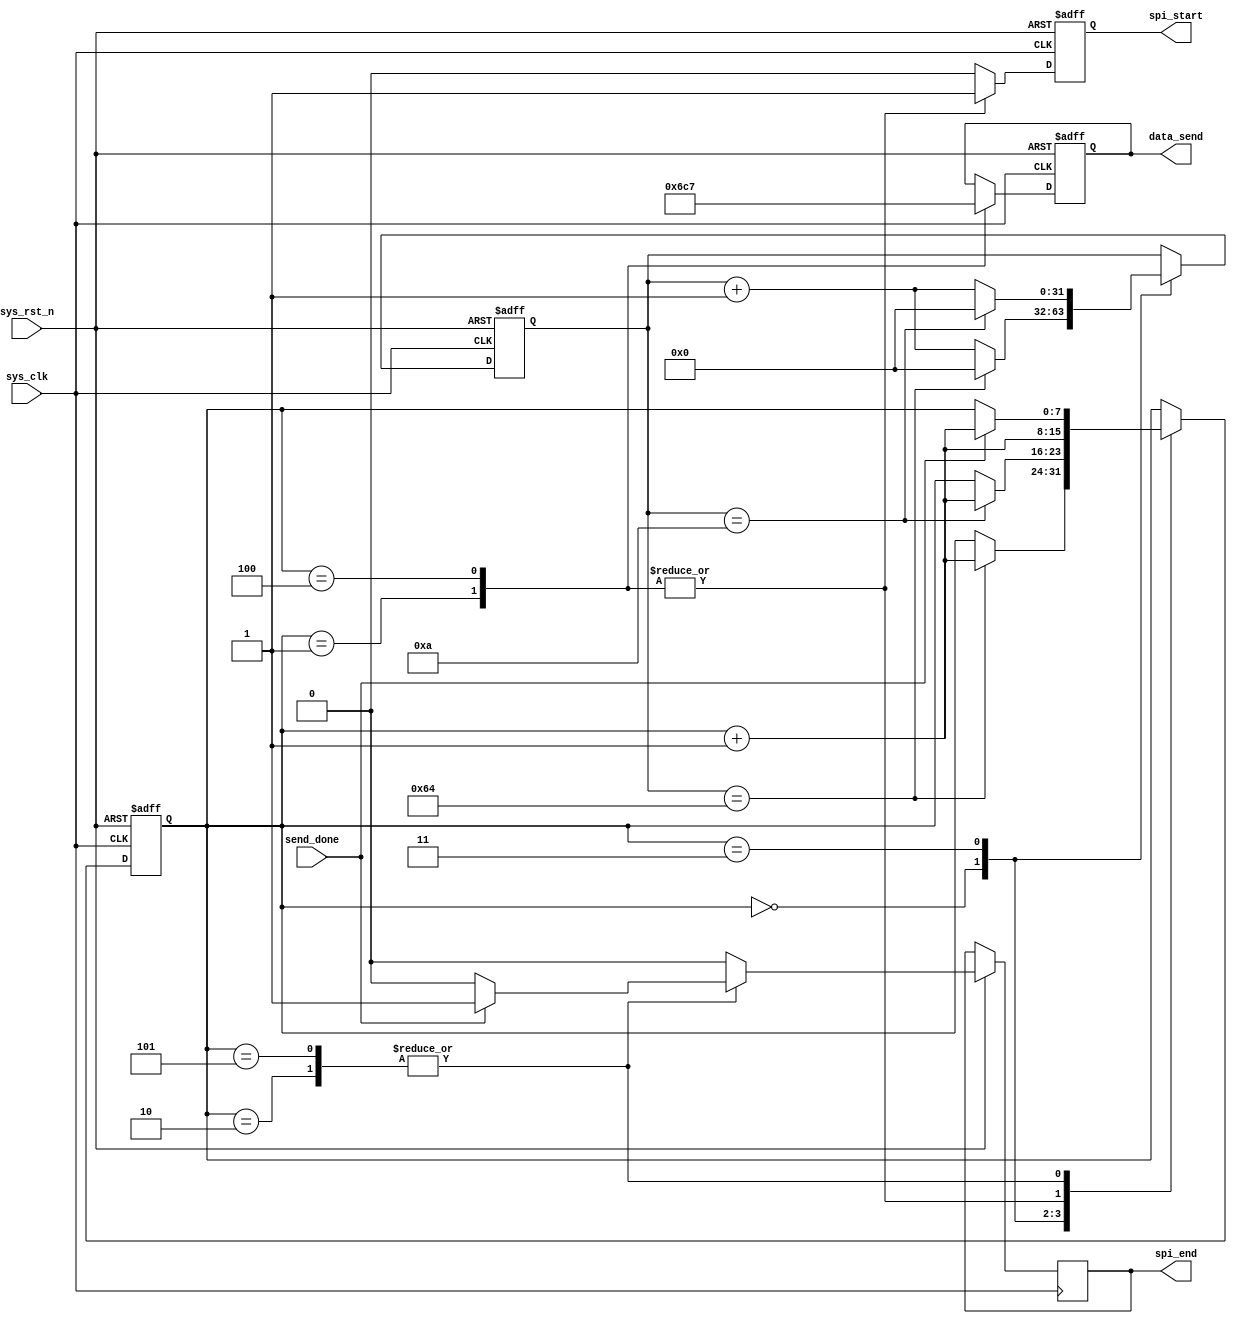
module spi_bulk_erase_ctrl
(
    input               sys_clk		, 			// 全局时钟50MHz
    input               sys_rst_n	, 			// 复位信号，低电平有效
	
	input         		send_done	, 			// 主机发送一个字节完毕标志位      
    output  reg         spi_start	,			// 发送传输开始信号，一个高电平
    output  reg        	spi_end		,			// 发送传输结束信号，一个高电平
    output  reg  [7:0]  data_send    			// 要发送的数据         
);

//指令定义
parameter 	WR_EN 		= 8'b0000_0110, 			//写使能指令
			BULK_ERASE 	= 8'b1100_0111, 			//全擦除指令
			READ 		= 8'h0000_0011;				//读数据指令
			
//reg define	
reg	[7:0]	flow_cnt;							//状态跳转计数器
reg	[31:0]	cnt_wait;							//等待计数器

always@(posedge sys_clk or negedge sys_rst_n)begin
	if(!sys_rst_n)begin
		data_send <= 8'd0;
		spi_start <= 1'b0;	
		flow_cnt <= 1'd0;
		cnt_wait <= 'd0;
	end
	else begin
		spi_start <= 1'b0;							//便于生成脉冲信号
		spi_end <= 1'b0;                            //便于生成脉冲信号
		case(flow_cnt)
			'd0:begin
				if(cnt_wait == 100)begin			//上电后等待稳定
					cnt_wait <= 8'd0;
					flow_cnt <= flow_cnt + 1'd1;
				end
				else begin
					cnt_wait <= cnt_wait + 1'd1;
					flow_cnt <= flow_cnt;								
				end
			end
			'd1:begin									
				data_send <= WR_EN;					//数据为写使能指令
				spi_start <= 1'b1;					//拉高spi开始通讯信号
				flow_cnt <= flow_cnt + 1'd1;
			end	
			'd2:begin
				if(send_done)begin					//主机一个字节数据被发送完成
					flow_cnt <= flow_cnt + 1'd1;
					spi_end <= 1'b1;				//结束第1次SPI通信
				end
				else
					flow_cnt <= flow_cnt;
			end	
			'd3:begin
				if(cnt_wait == 10)begin				//等待200ns，两次命令的间隔时间
					cnt_wait <= 8'd0;				//等待计数器清零
					flow_cnt <= flow_cnt + 1'd1;
				end
				else begin
					cnt_wait <= cnt_wait + 1'd1;
					flow_cnt <= flow_cnt;								
				end
			end
			'd4:begin									
				data_send <= BULK_ERASE;            //全擦除指令
				spi_start <= 1'b1;					//拉高spi开始通讯信号
				flow_cnt <= flow_cnt + 1'd1;
			end	
			'd5:begin
				if(send_done)begin					//主机一个字节数据被发送完成
					flow_cnt <= flow_cnt + 1'd1;
					spi_end <= 1'b1;				//结束第2次SPI通信
				end
				else
					flow_cnt <= flow_cnt;
			end					
			'd6:begin								//停留在这个状态
					flow_cnt <= flow_cnt;
			end				
			default:;
		endcase
	end
end

endmodule